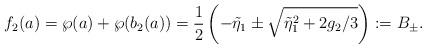
LaTeX: \begin{align*}f_{2}(a)=\wp(a)+\wp(b_{2}(a))=\frac{1}{2}\left( -\tilde{\eta}_{1}\pm\sqrt{\tilde{\eta}_{1}^{2}+2g_{2}/3}\right) :=B_{\pm}. \end{align*}